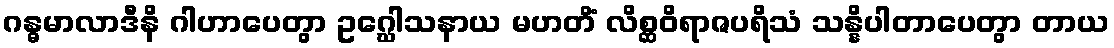
ဂန္ဓမာလာဒီနိ ဂါဟာပေတွာ ဥဂ္ဃေါသနာယ မဟတိံ လိစ္ဆဝိရာဇပရိသံ သန္နိပါတာပေတွာ တာယ